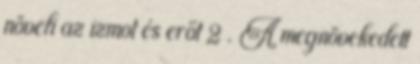
növeli az izmot és erőt 2 . A megnövekedett